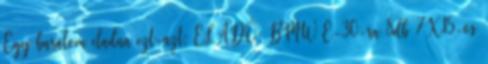
Egy barátom eladna ezt-azt: ELADÓ: BMW E-30-ra 8db 7X15-ös